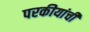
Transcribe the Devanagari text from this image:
परकीयांची